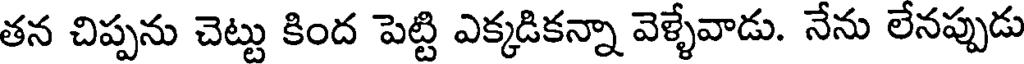
తన చిప్పను చెట్టు కింద పెట్టి ఎక్కడికన్నా వెళ్ళేవాడు. నేను లేనప్పుడు